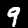
Label: 9